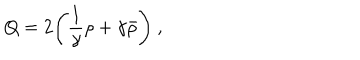
Q = 2 \Biggl ( \frac { 1 } { \gamma } \rho + \gamma \bar { \rho } \Biggr ) ~ ,